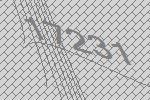
17231